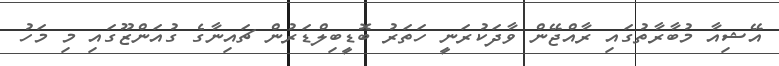
އޭޝިއާ މުބާރާތުގައި ރާއްޖޭން ވާދަކުރަނީ ހަތަރު ބޮޑީބިލްޑަރުން ޗައިނާގެ ގުއަންޒޫގައި މި މަހު